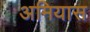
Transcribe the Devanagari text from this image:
अमियास